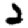
Digit: 2